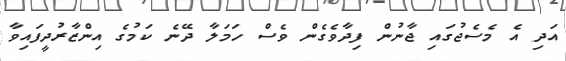
އަދި އެ މެސެޖުގައި ޖާނުން ފިދާވެގެން ވެސް ހަމަލާ ދޭނެ ކަމުގެ އިންޒާރުދީފައިވާ